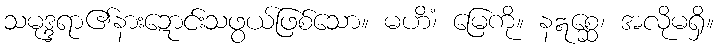
သမုဒ္ဒရာ၏နားဍောင်းသဖွယ်ဖြစ်သော။ မဟိံ၊ မြေကို။ နဣစ္ဆေ၊ အလိုမရှိ။